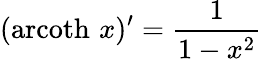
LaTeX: (\operatorname{arcoth}\, x)^{\prime}={\frac{1}{1-x^{2}}}